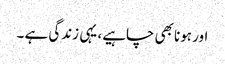
اور ہونا بھی چاہیے، یہی زندگی ہے ۔